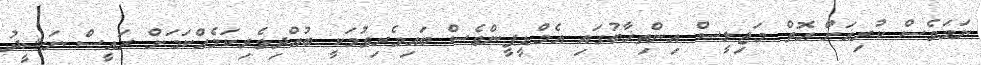
ނަމަވެސް ކުރިއަށް އޮތް މަޖިލީސް އިންތިޚާބުގައި އެމްޑީޕީންވެސް ބައިވެރިވުމަކީ ބުއްދިވެރިކަމެއްކަމަށް ރައީސް ނަޝީދު